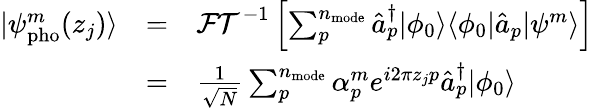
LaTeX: \begin{array}{ccl}{|\psi_{\mathrm{pho}}^{m}(z_{j})\rangle}&{=}&{\mathcal{FT}^{-1}\left[\sum_{p}^{n_{\mathrm{mode}}}\hat{a}_{p}^{\dagger}|\phi_{0}\rangle\langle\phi_{0}|\hat{a}_{p}|\psi^{m}\rangle\right]}\\ &{=}&{\frac{1}{\sqrt N}\sum_{p}^{n_{\mathrm{mode}}}\alpha_{p}^{m}e^{i2\pi z_{j}p}\hat{a}_{p}^{\dagger}|\phi_{0}\rangle}\end{array}